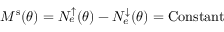
M ^ { \mathrm { s } } ( \theta ) = N _ { e } ^ { \uparrow } ( \theta ) - N _ { e } ^ { \downarrow } ( \theta ) = \mathrm { C o n s t a n t }